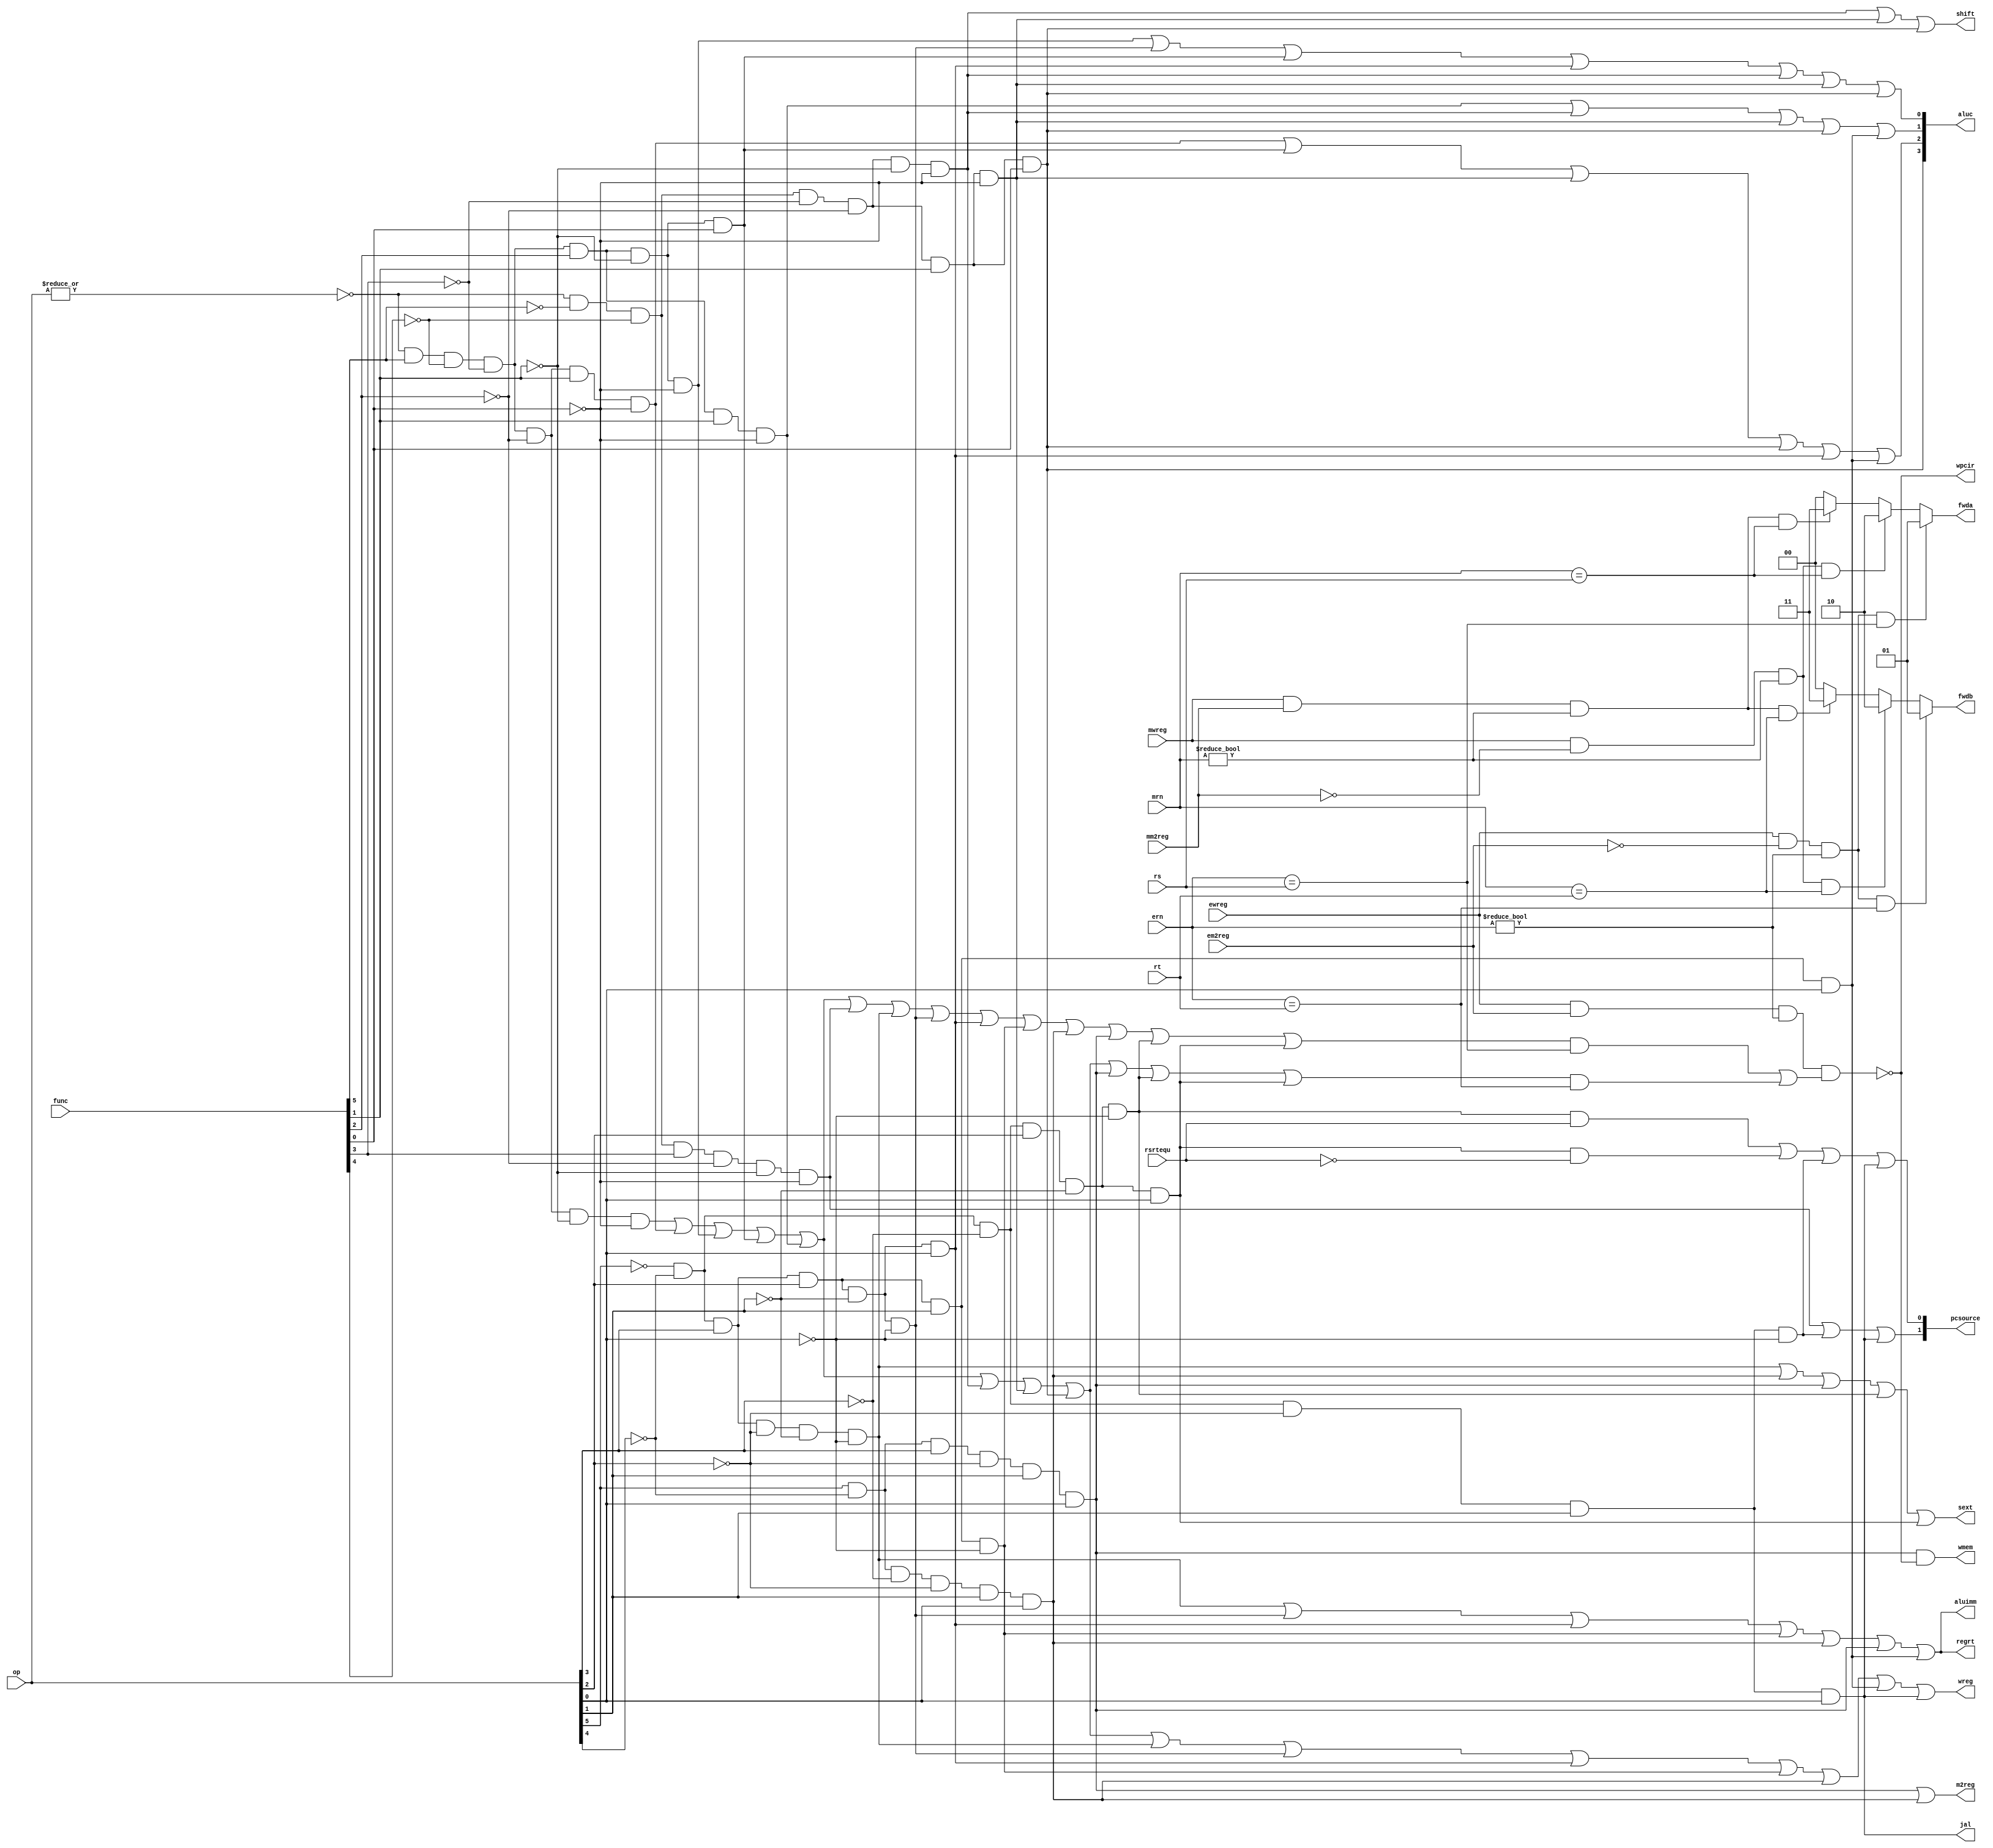
module pipe_cu (op,func,rs,rt,mrn,mm2reg,mwreg,ern,em2reg,
	ewreg,rsrtequ,pcsource,wpcir,wreg,m2reg,wmem,jal,aluc,
	aluimm,shift,regrt,sext,fwdb,fwda);
	
	input 		mwreg,ewreg,em2reg,mm2reg,rsrtequ;
	input [4:0] mrn,ern,rs,rt;
	input [5:0] func,op;
	
	output 	    	  wreg,m2reg,wmem,regrt,aluimm,sext,shift,jal;
	output     [3:0] aluc;
	output 	  [1:0] pcsource;
	output reg [1:0] fwda,fwdb;
	output 			  wpcir; // for stall 
	
   wire r_type = ~|op;
   wire i_add = r_type &  func[5] & ~func[4] & ~func[3] & ~func[2] & ~func[1] & ~func[0];     //100000
   wire i_sub = r_type &  func[5] & ~func[4] & ~func[3] & ~func[2] &  func[1] & ~func[0];     //100010
   wire i_and = r_type &  func[5] & ~func[4] & ~func[3] &  func[2] & ~func[1] & ~func[0];     //100100
   wire i_or  = r_type &  func[5] & ~func[4] & ~func[3] &  func[2] & ~func[1] &  func[0];     //100101
   wire i_xor = r_type &  func[5] & ~func[4] & ~func[3] &  func[2] &  func[1] & ~func[0];     //100110
   wire i_sll = r_type & ~func[5] & ~func[4] & ~func[3] & ~func[2] & ~func[1] & ~func[0];     //000000
   wire i_srl = r_type & ~func[5] & ~func[4] & ~func[3] & ~func[2] &  func[1] & ~func[0];     //000010
   wire i_sra = r_type & ~func[5] & ~func[4] & ~func[3] & ~func[2] &  func[1] &  func[0];      //000011
   wire i_jr  = r_type & ~func[5] & ~func[4] &  func[3] & ~func[2] & ~func[1] & ~func[0];     //001000
                
   wire i_addi = ~op[5] & ~op[4] &  op[3] & ~op[2] & ~op[1] & ~op[0]; //001000
   wire i_andi = ~op[5] & ~op[4] &  op[3] &  op[2] & ~op[1] & ~op[0]; //001100
   wire i_ori  = ~op[5] & ~op[4] &  op[3] &  op[2] & ~op[1] &  op[0]; //001101        
   wire i_xori = ~op[5] & ~op[4] &  op[3] &  op[2] &  op[1] & ~op[0]; //001110  
   wire i_lw   =  op[5] & ~op[4] & ~op[3] & ~op[2] &  op[1] &  op[0]; //100011  
   wire i_sw   =  op[5] & ~op[4] &  op[3] & ~op[2] &  op[1] &  op[0]; //101011
   wire i_beq  = ~op[5] & ~op[4] & ~op[3] &  op[2] & ~op[1] & ~op[0]; //000100
   wire i_bne  = ~op[5] & ~op[4] & ~op[3] &  op[2] & ~op[1] &  op[0]; //000101
   wire i_lui  = ~op[5] & ~op[4] &  op[3] &  op[2] &  op[1] &  op[0]; //001111
   wire i_j    = ~op[5] & ~op[4] & ~op[3] & ~op[2] &  op[1] & ~op[0]; //000010
   wire i_jal  = ~op[5] & ~op[4] & ~op[3] & ~op[2] &  op[1] &  op[0]; //000011   
  
   assign pcsource[1] = i_jr | i_j | i_jal;
   assign pcsource[0] = ( i_beq & rsrtequ ) | (i_bne & ~rsrtequ) | i_j | i_jal ;
   
   assign wreg = i_add | i_sub | i_and | i_or   | i_xor  |
                 i_sll | i_srl | i_sra | i_addi | i_andi |
                 i_ori | i_xori | i_lw | i_lui  | i_jal;
   
   assign aluc[3] = i_sra;
   assign aluc[2] = i_sub | i_or | i_srl | i_sra | i_ori | i_lui;
   assign aluc[1] = i_xor | i_sll | i_srl | i_sra | i_lui;
   assign aluc[0] = i_and | i_andi | i_or | i_ori | i_sll | i_srl | i_sra;
   assign shift   = i_sll | i_srl | i_sra ;

   assign aluimm  = i_addi | i_andi | i_ori | i_xori | i_lw | i_sw | i_lui;
   assign sext    = i_addi | i_lw | i_sw | i_beq | i_bne;
   assign wmem    = i_sw & wpcir;
   assign m2reg   = i_sw | i_lw;
   assign regrt   = i_addi | i_andi | i_ori | i_xori | i_lw | i_sw | i_lui;
   assign jal     = i_jal;
	// which use rs/rt
	wire use_rs = i_add | i_sub | i_and | i_or | i_xor | i_jr  | i_addi | i_andi 
					| i_ori | i_xori | i_lw | i_sw | i_beq | i_bne ;
	wire use_rt = i_add | i_sub | i_and | i_or | i_xor | i_sll | i_srl  | i_sra  
	            | i_sw  | i_beq  | i_bne ;
					
   // stall 
	// load/use hazard: lw r1 --> use r1 
	// stall F and D reg (stall PC)
	// bubble in E reg (forbid writing reg and mem)
	assign wpcir = ~ (ewreg & em2reg & (ern != 0 ) & (use_rs & (ern == rs) | use_rt & (ern == rt)));
	
	// forwarding
	// order: EXE  --> MEM, no r0 
	always @ (*)
		begin
		fwda =2'b00;
		if (ewreg & ~em2reg & (ern != 0 ) & (ern == rs) )
			fwda = 2'b01;  // from ealu
		else if (mwreg & ~mm2reg & (mrn != 0 ) & (mrn == rs) )
			fwda = 2'b10;	// from malu
		else if (mwreg & mm2reg & (mrn != 0) & (mrn == rs) ) 
			fwda = 2'b11;	// from mmo
		
		fwdb = 2'b00;
		if (ewreg & ~em2reg & (ern !=0 ) & (ern == rt) )
			fwdb = 2'b01;	// from ealu
		else if (mwreg & ~mm2reg & (mrn != 0) & (mrn == rt) )
			fwdb = 2'b10 ; // from malu
		else if (mwreg & mm2reg & (mrn != 0) & (mrn == rt) )
			fwdb =2'b11;   // from mmo
		end
	
endmodule